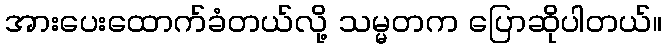
အားပေးထောက်ခံတယ်လို့ သမ္မတက ပြောဆိုပါတယ်။